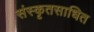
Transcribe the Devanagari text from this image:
संस्कृतसाधित